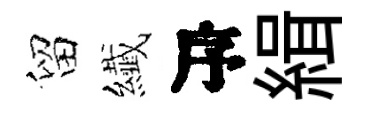
留纎序緝